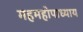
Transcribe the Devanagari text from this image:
महमहोपाध्याय